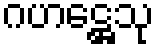
ဂဟဋ္ဌေသု